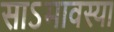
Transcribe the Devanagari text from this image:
साऽमावस्या